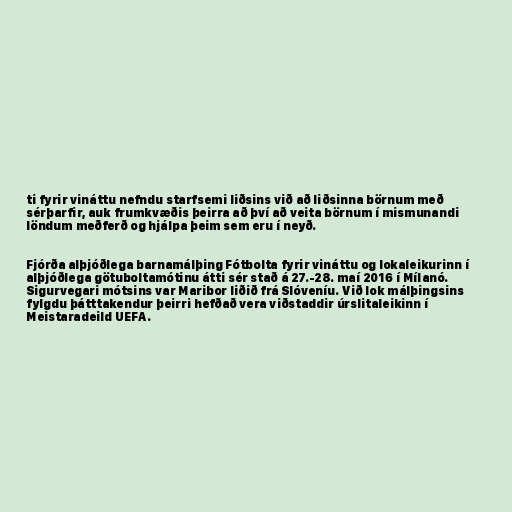
ti fyrir vináttu nefndu starfsemi liðsins við að liðsinna börnum með
sérþarfir, auk frumkvæðis þeirra að því að veita börnum í mismunandi
löndum meðferð og hjálpa þeim sem eru í neyð.

Fjórða alþjóðlega barnamálþing Fótbolta fyrir vináttu og lokaleikurinn í
alþjóðlega götuboltamótinu átti sér stað á 27.-28. maí 2016 í Mílanó.
Sigurvegari mótsins var Maribor liðið frá Slóveníu. Við lok málþingsins
fylgdu þátttakendur þeirri hefðað vera viðstaddir úrslitaleikinn í
Meistaradeild UEFA.